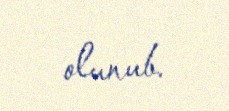
olunub.